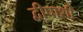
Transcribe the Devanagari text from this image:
द्वीपाशी